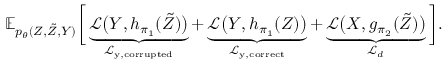
\mathbb { E } _ { p _ { \theta } ( Z , \tilde { Z } , Y ) } \bigg [ \underbrace { \mathcal { L } \big ( Y , h _ { \pi _ { 1 } } ( \tilde { Z } ) \big ) } _ { \mathcal { L } _ { \mathrm { y , c o r r u p t e d } } } + \underbrace { \mathcal { L } \big ( Y , h _ { \pi _ { 1 } } ( Z ) \big ) } _ { \mathcal { L } _ { \mathrm { y , c o r r e c t } } } + \underbrace { \mathcal { L } \big ( X , g _ { \pi _ { 2 } } ( \tilde { Z } ) \big ) } _ { \mathcal { L } _ { d } } \bigg ] .